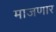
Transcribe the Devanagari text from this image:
माजणार